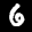
Label: 6